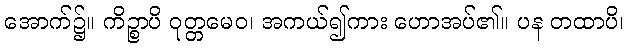
အောက်၌။ ကိဉ္စာပိ ဝုတ္တမေဝ၊ အကယ်၍ကား ဟောအပ်၏။ ပန တထာပိ၊